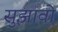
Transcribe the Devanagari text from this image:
सुझावो